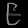
Digit: ၉